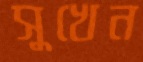
সুখেন